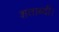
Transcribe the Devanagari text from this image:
शताब्दी।